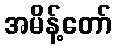
အမိန့်တော်